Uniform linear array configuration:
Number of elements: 12
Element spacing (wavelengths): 0.5
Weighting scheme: binomial
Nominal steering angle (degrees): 60
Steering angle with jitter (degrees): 58.754
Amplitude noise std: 0.05
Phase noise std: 0.05

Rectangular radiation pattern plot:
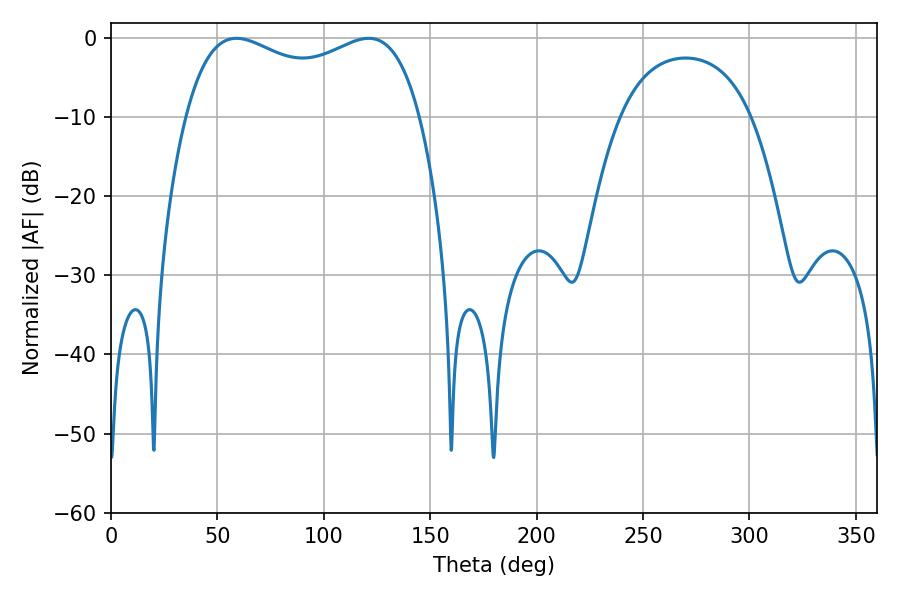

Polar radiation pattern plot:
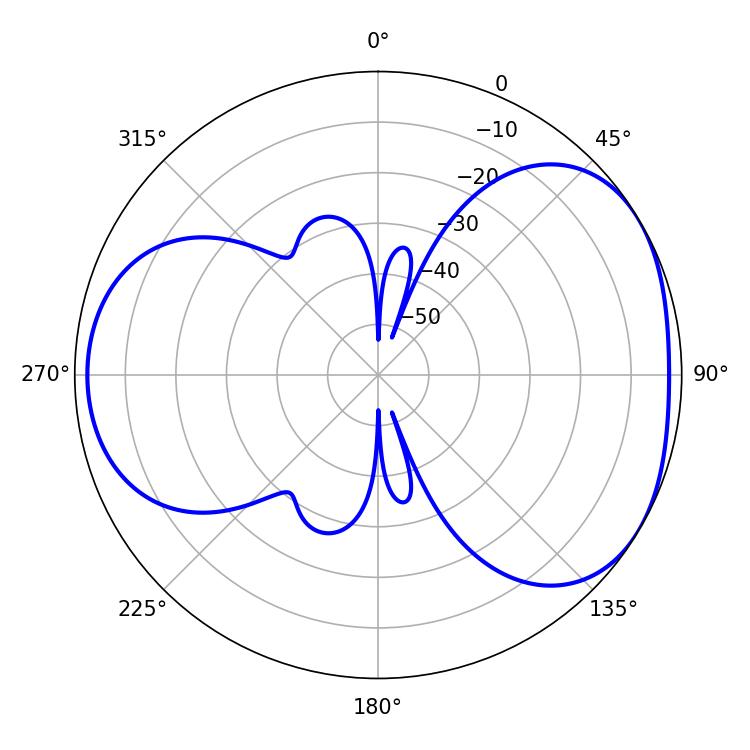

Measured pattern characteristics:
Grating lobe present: FALSE
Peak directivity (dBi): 4.226
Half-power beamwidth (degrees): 91.08
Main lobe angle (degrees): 58.86